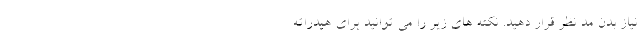
نیاز بدن مد نظر قرار دهید. نکته های زیر را می توانید برای هیدراته